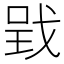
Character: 𢧄